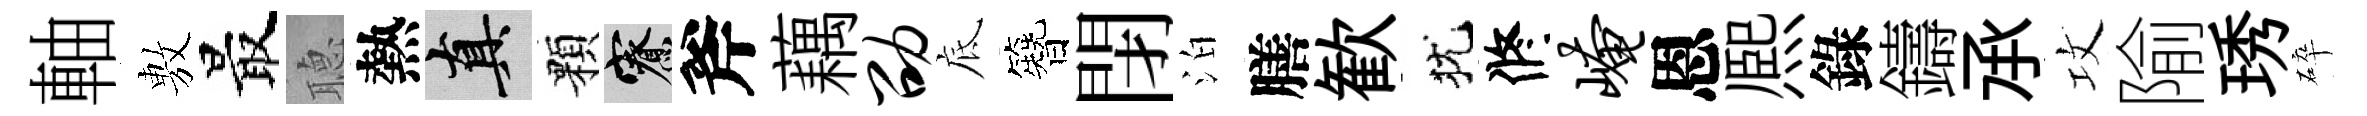
軸𢾾最𦗟熱真顆寮斧藕劭底簪閉泊膳歓犹修崦恩熈錄鑄𠄘攻隃琇碎